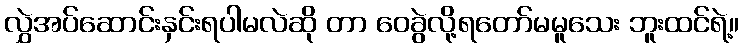
လွှဲအပ်ဆောင်းနှင်းရပါမလဲဆို တာ ဝေခွဲလို့ရတော်မမူသေး ဘူးထင်ရဲ့။